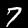
Digit: 7